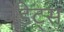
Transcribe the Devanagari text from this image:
वेडेट्स